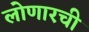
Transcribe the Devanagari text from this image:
लोणारची